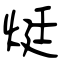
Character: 烶